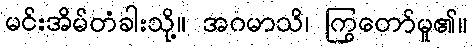
မင်းအိမ်တံခါးသို့။ အဂမာသိ၊ ကြွတော်မူ၏။